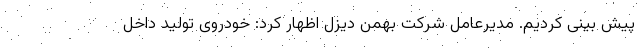
پیش بینی کردیم. مدیرعامل شرکت بهمن دیزل اظهار کرد: خودروی تولید داخل